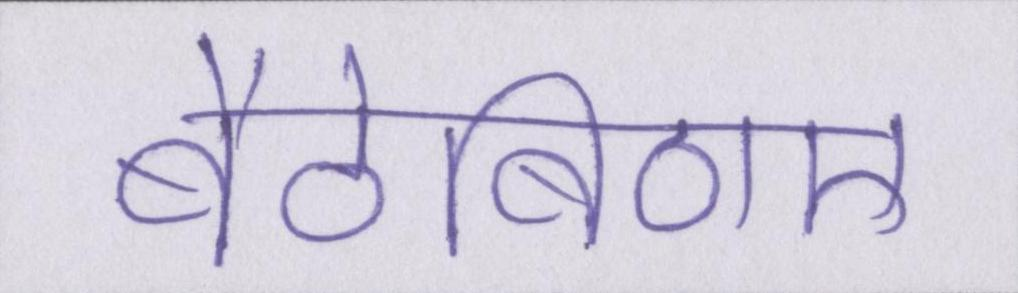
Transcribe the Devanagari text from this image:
बैठेबिठाए